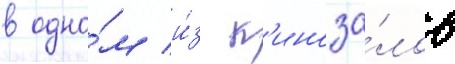
в одно́м и́з к'иноза́лов